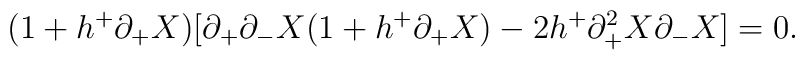
(1+h^{+} \partial_{+} X)[\partial_{+} \partial_{-} X(1+h^{+} \partial_{+}X)-2h^{+} \partial_{+}^{2} X \partial_{-} X] =0 .